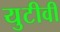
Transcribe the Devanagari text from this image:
युटीवी